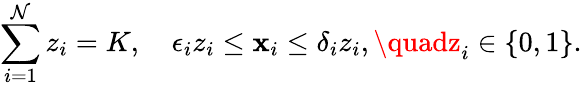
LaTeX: \sum_{i=1}^{\mathcal{N}}z_{i}=K,\quad\epsilon_{i}z_{i}\le\mathbf{x}_{i}\le\delta_{i}z_{i},\quadz_{i}\in\{ 0,1\} .